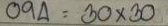
094 = 30 x 30